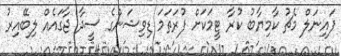
ފައިނަލް މެޗު ކާމިޔާބު ކުރާ ޓީމަކަށް ފުރަތަމަ ޑިވިޝަންގެ ސީދާ ޖާގައެއް ލިބޭއިރު